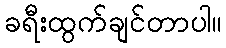
ခရီးထွက်ချင်တာပါ။